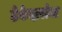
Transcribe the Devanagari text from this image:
ठेकेदारांना